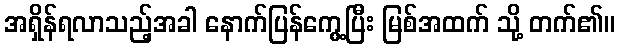
အရှိန်ရလာသည့်အခါ နောက်ပြန်ကွေ့ပြီး မြစ်အထက် သို့ တက်၏။